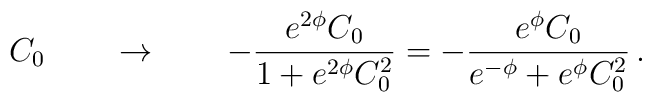
\,\,\, C_0 \qquad \rightarrow \qquad -\frac{e^{2\phi}C_0}{1+e^{2\phi}C_0^{2}}=-\frac{e^{\phi}C_0 }{e^{-\phi}+e^{\phi}C_0^{2}} \, .